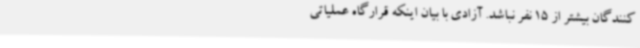
کنندگان بیشتر از 15 نفر نباشد. آزادی با بیان اینکه قرارگاه عملیاتی